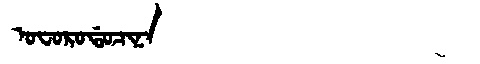
Manchu: ᠣᠸᠣᡵᠣᡩᠣᠴᡳᠨᠠ
Romanization: OFORODOCINA